Report of the Hyderabad Chloroform Commission
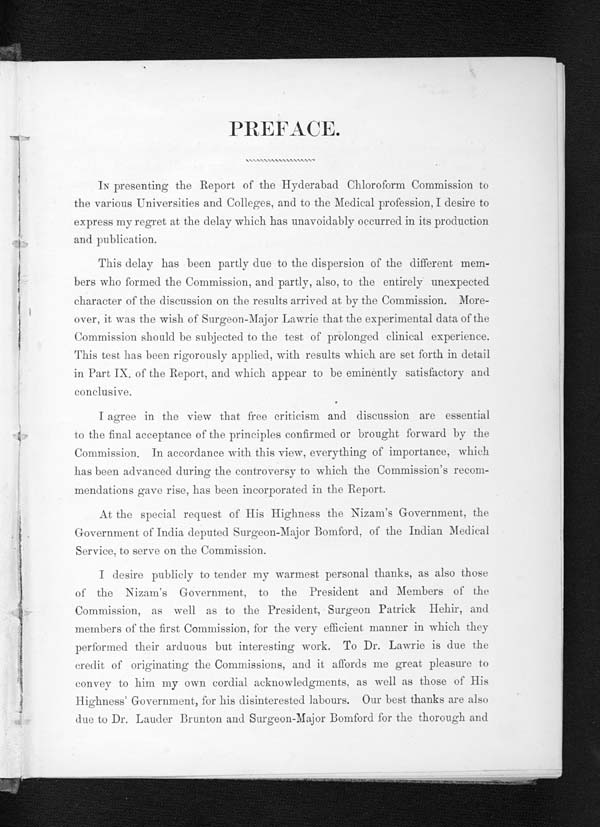
PREFACE.
IN presenting the Report of the Hyderabad Chloroform Commission to
the various Universities and Colleges, and to the Medical profession, I desire to
express my regret at the delay which has unavoidably occurred in its production
and publication.
This delay has been partly due to the dispersion of the different mem-
bers who formed the Commission, and partly, also, to the entirely unexpected
character of the discussion on the results arrived at by the Commission. More-
over, it was the wish of Surgeon-Major Lawrie that the experimental data of the
Commission should be subjected to the test of prolonged clinical experience.
This test has been rigorously applied, with results which are set forth in detail
in Part IX. of the Report, and which appear to be eminently satisfactory and
conclusive.
I agree in the view that free criticism and discussion are essential
to the final acceptance of the principles confirmed or brought forward by the
Commission. In accordance with this view, everything of importance, which
has been advanced during the controversy to which the Commission's recom-
mendations gave rise, has been incorporated in the Report.
At the special request of His Highness the Nizam's Government, the
Government of India deputed Surgeon-Major Bomford, of the Indian Medieal
Service, to serve on the Commission.
I desire publicly to tender my warmest personal thanks, as also those
of the Nizam's Government, to the President and Members of the
Commission, as well as to the President, Surgeon Patrick Hehir,
members of the first Commission, for the very efficient. manner in which they
performed their arduous but interesting work. To Dr. Lawrie is due the
credit of originating the Commissions, and it affords me great pleasure to
convey to him my own cordial acknowledgments, as well as those of His
Highness' Government, for his disinterested labours. Our best thanks are also
due to Dr. Lauder Brunton and Surgeon-Major Bomford for the thorough and